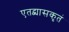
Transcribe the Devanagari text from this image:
एतद्व्यासकृतं